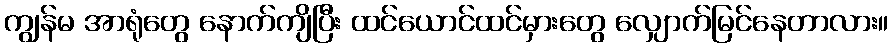
ကျွန်မ အာရုံတွေ နောက်ကျိပြီး ထင်ယောင်ထင်မှားတွေ လျှောက်မြင်နေတာလား။